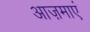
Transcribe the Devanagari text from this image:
आज़माएं